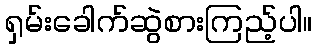
ရှမ်းခေါက်ဆွဲစားကြည့်ပါ။